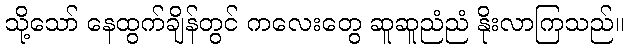
သို့သော် နေထွက်ချိန်တွင် ကလေးတွေ ဆူဆူညံညံ နိုးလာကြသည်။